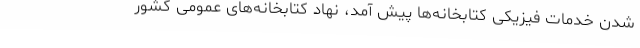
شدن خدمات فیزیکی کتابخانه‌ها پیش آمد، نهاد کتابخانه‌های عمومی کشور